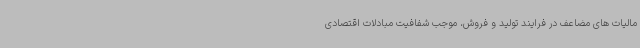
مالیات های مضاعف در فرایند تولید و فروش، موجب شفافیت مبادلات اقتصادی